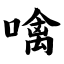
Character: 噙